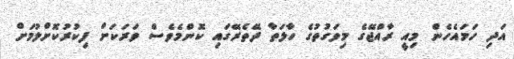
އަދި ހަމައެހެން މިއީ ރާއްޖޭގެ މިވަގުތުގެ ހާލަތާ ދޭތެރޭގައި ކޮންމެވެސް ވަރަކަށް ފިކުރުކޮށްލުމަށް